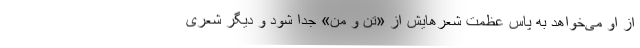
از او می‌خواهد به پاس عظمت شعرهایش از «تن و من» جدا شود و دیگر شعری